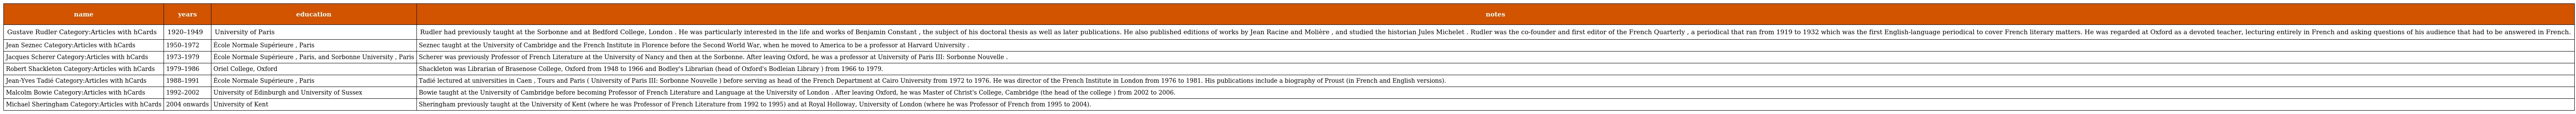
| name | years | education | notes |
 | --- | --- | --- | --- |
 | Gustave Rudler Category:Articles with hCards | 1920–1949 | University of Paris | Rudler had previously taught at the Sorbonne and at Bedford College, London . He was particularly interested in the life and works of Benjamin Constant , the subject of his doctoral thesis as well as later publications. He also published editions of works by Jean Racine and Molière , and studied the historian Jules Michelet . Rudler was the co-founder and first editor of the French Quarterly , a periodical that ran from 1919 to 1932 which was the first English-language periodical to cover French literary matters. He was regarded at Oxford as a devoted teacher, lecturing entirely in French and asking questions of his audience that had to be answered in French. |
 | Jean Seznec Category:Articles with hCards | 1950–1972 | École Normale Supérieure , Paris | Seznec taught at the University of Cambridge and the French Institute in Florence before the Second World War, when he moved to America to be a professor at Harvard University . |
 | Jacques Scherer Category:Articles with hCards | 1973–1979 | École Normale Supérieure , Paris, and Sorbonne University , Paris | Scherer was previously Professor of French Literature at the University of Nancy and then at the Sorbonne. After leaving Oxford, he was a professor at University of Paris III: Sorbonne Nouvelle . |
 | Robert Shackleton Category:Articles with hCards | 1979–1986 | Oriel College, Oxford | Shackleton was Librarian of Brasenose College, Oxford from 1948 to 1966 and Bodley's Librarian (head of Oxford's Bodleian Library ) from 1966 to 1979. |
 | Jean-Yves Tadié Category:Articles with hCards | 1988–1991 | École Normale Supérieure , Paris | Tadié lectured at universities in Caen , Tours and Paris ( University of Paris III: Sorbonne Nouvelle ) before serving as head of the French Department at Cairo University from 1972 to 1976. He was director of the French Institute in London from 1976 to 1981. His publications include a biography of Proust (in French and English versions). |
 | Malcolm Bowie Category:Articles with hCards | 1992–2002 | University of Edinburgh and University of Sussex | Bowie taught at the University of Cambridge before becoming Professor of French Literature and Language at the University of London . After leaving Oxford, he was Master of Christ's College, Cambridge (the head of the college ) from 2002 to 2006. |
 | Michael Sheringham Category:Articles with hCards | 2004 onwards | University of Kent | Sheringham previously taught at the University of Kent (where he was Professor of French Literature from 1992 to 1995) and at Royal Holloway, University of London (where he was Professor of French from 1995 to 2004). |